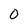
Character: 0